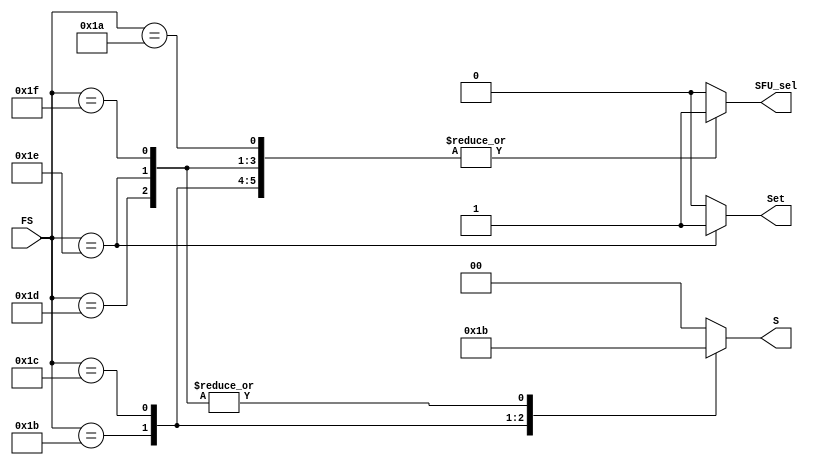
module Param_Set(Set, S, SFU_sel, FS);

input[4:0] FS;
output reg Set, SFU_sel;
output reg[1:0] S;

always @(FS) begin
case (FS[4:0])

5'b11010: begin  Set = 1'b0; //Multiply
S = 2'b00;
SFU_sel = 1'b1;
end

5'b11011: begin  Set = 1'b0; //Add with Carry
S = 2'b01;
SFU_sel = 1'b1;
end

5'b11100: begin  Set = 1'b0; //Arithmetic Shift Right
S = 2'b10;
SFU_sel = 1'b1;
end

5'b11101: begin  Set = 1'b0; //Bitwise Clear
S = 2'b11;
SFU_sel = 1'b1;
end

5'b11110: begin  Set = 1'b1; //Bitwise Set
S = 2'b11;
SFU_sel = 1'b1;
end

5'b11111: begin  Set = 1'b0; //Bitwise Test
S = 2'b11;
SFU_sel = 1'b1;
end

default: begin  Set = 1'b0; //Non SFU Function
S = 2'b00;
SFU_sel = 1'b0;
end


endcase

end

endmodule